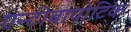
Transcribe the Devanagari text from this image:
एन्टीबायोटिक